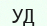
УД